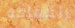
الحماقة